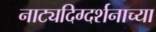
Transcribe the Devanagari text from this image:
नाट्यदिग्दर्शनाच्या